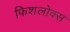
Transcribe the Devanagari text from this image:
फिशलोक्स